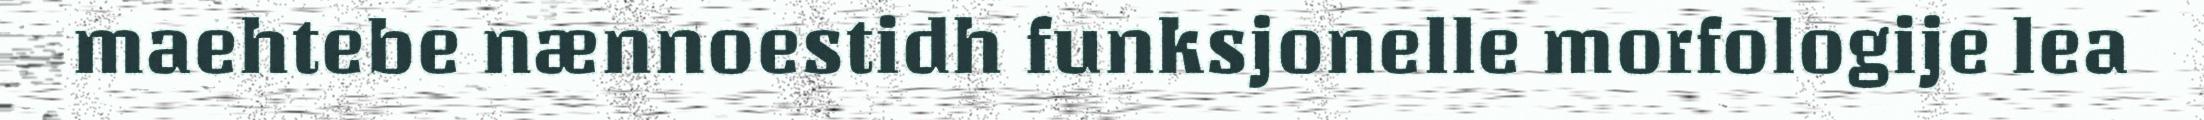
maehtebe nænnoestidh funksjonelle morfologije lea